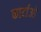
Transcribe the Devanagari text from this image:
कार्टाओ